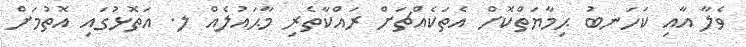
ވެލާ އާއި ކަހަނބު ޙިމާޔަތްކޮށް އެތަކެއްޗަށް ރައްކާތެރި މާޙައުލެއް ލ. އަތޮޅުގައި އޮތުމަށް